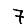
Digit: 7